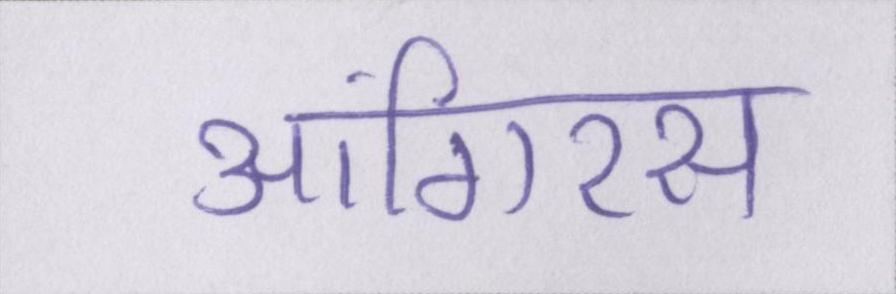
आंगिरस